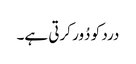
درد کو دُور کرتی ہے۔